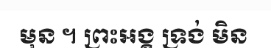
មុន ។ ព្រះអង្គ ទ្រង់ មិន